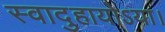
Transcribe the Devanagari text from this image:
स्वादुहायोऽया।